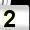
Digit: 2